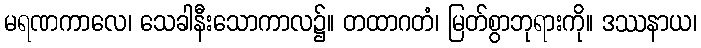
မရဏကာလေ၊ သေခါနီးသောကာလ၌။ တထာဂတံ၊ မြတ်စွာဘုရားကို။ ဒဿနာယ၊